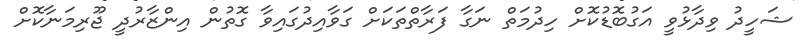
ޝަހީދު ވިދާޅުވީ އަގުބޮޑުކޮށް ހިދުމަތް ނަގާ ފަރާތްތަކަށް ގަވާއިދުގައިވާ ގޮތުން އިންޒާރުދީ ޖޫރިމަނާކޮށް